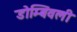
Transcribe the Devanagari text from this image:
डोम्बिवली